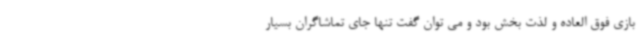
بازی فوق العاده و لذت بخش بود و می توان گفت تنها جای تماشاگران بسیار